Annual report of the Civil Veterinary Department, Bengal, and of the Bengal Veterinary College for the year 1903-1904 - 1903-1904
Year: 1903
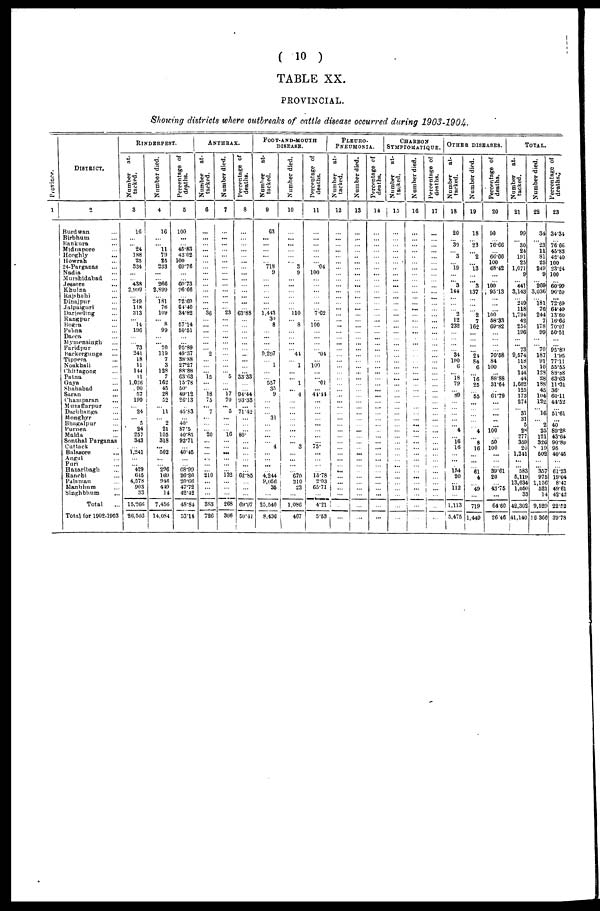
(
10
)
TABLE
XX.
PROVINCIAL.
Showing
districts
where outbreaks
of cattle disease
occurred
during
1903-1904.
Province.
1
DISTRICT.
2
Burdwan ...
Birbhum ...
Bankura ...
Midnapore ...
Hooghly ...
Howrah ...
24-Parganas ...
Nadia ...
Murshidabad ...
Jessore ...
Khulna ...
Rajshahi ...
Dinajpur ...
Jalpaiguri ...
Darjeeling ...
Rangpur ...
Bogra ...
Pabna ...
Dacca ...
Mymensingh ...
Faridpur ...
Backergunge ...
Tippera ...
Noakhali ...
Chittagong ...
Patna ...
Gaya ...
Shahabad ...
Saran ...
Champaran ...
Muzaffarpur ...
Darbhanga ...
Monghyr ...
Bhagalpur ...
Purnea ...
Malda ...
Sonthal Parganas
Cuttack . .
Balasore ...
Angul ...
Puri ...
Hazaribagh ...
Ranchi ...
Palamau ...
Manbhum ...
Singhbhum ...
Total
Total for 1902-1903
RINDERPEST.
Number
at-
tacked.
3
16
...
...
24
188
25
834
...
...
438
2,999
...
249
118
313
...
14
196
...
...
73
241
18
11
144
11
1,026
90
57
199
...
24
...
5
24
257
343
...
1,241
...
...
429
645
4,578
903
33
15,266
26,503
Number died.
4
16
...
...
11
79
25
233
...
...
266
2,899
...
181
76
109
...
8
99
...
...
70
119
7
3
128
7
162
45
28
52
...
11
...
2
21
105
318
...
502
...
...
296
169
946
449
14
7,456
14,084
Percentage of
deaths.
5
100
...
...
45.83
42.02
100
69.76
...
...
60.73
96.66
...
72.69
64.40
34.82
...
57.14
50.51
...
...
95.89
49.37
38.88
27.27
88.88
63.63
15.78
50.
49.12
26.13
...
45.83
...
40-
87.5
40.85
92.71
...
40.45
...
...
68.99
26.20
20.66
47.72
42.42
48.84
53.14
ANTHRAX.
Number
at-
tacked.
6
... |
...
...
...
...
...
...
...
...
...
...
...
...
36
...
...
...
...
...
...
2
...
...
15
...
...
18
75
...
7
...
...
...
20
...
...
...
...
...
...
210
...
...
...
383
726
Number died.
7
...
...
...
...
...
...
...
...
...
...
...
...
...
23
...
...
...
...
...
...
...
...
...
5
...
...
17
70
...
5
...
...
...
16
...
...
...
...
...
...
132
...
...
...
268
366
Percentage of
deaths.
8
...
...
...
...
...
...
...
...
...
...
...
...
...
63.88
...
...
...
...
...
...
...
...
...
33.33
...
...
94.44
93.33
...
71.42
...
...
...
80.
...
...
...
...
...
...
62.85
...
...
...
69.97
50.41
FOOT-AND-MOUTH
DISEASE.
Number
at-
tacked.
9
63
...
...
...
...
...
718
9
...
...
...
...
...
1,443
30
8
...
...
...
...
0,297
...
1
...
557
35
9
...
...
...
31
...
...
...
...
4
...
...
...
...
4,244
9,056
35
...
25,540
8.436
Number died.
10
...
...
...
...
...
3
9
...
...
...
...
...
110
...
8
...
...
...
...
44
...
1
...
...
1
...
4
...
...
...
...
...
...
...
...
3
...
...
...
...
670
210
23
...
1,086
467
Percentage of
deaths.
11
...
...
...
...
...
...
04
100
...
...
...
...
...
7.62
...
100
...
...
...
...
.04
...
100
...
...
.01
...
44.44
...
...
...
...
...
...
...
...
75.
...
...
...
...
15.78
2.03
65.71
...
4.21
5.53
PLEURO-
PNEUMONIA.
Number
at-
tacked.
12
...
...
...
...
...
...
...
...
...
...
...
...
...
...
...
...
...
...
...
...
...
...
...
...
...
...
...
...
...
...
...
...
...
...
...
...
...
...
...
...
...
...
...
...
...
...
...
Number died.
13
...
...
...
...
...
...
...
...
...
...
...
...
...
...
...
...
...
...
...
...
...
...
...
...
...
...
...
...
...
...
...
...
...
...
...
...
...
...
...
...
...
...
...
...
...
...
... ...
Percentage of
deaths.
14
...
...
...
...
...
...
...
...
...
...
...
...
...
...
...
...
...
...
...
...
...
...
...
...
...
...
...
...
...
...
...
...
...
...
...
...
...
...
...
...
...
...
...
...
...
...
CHARBON
SYMPTOMATIQUE.
Number
at-
tacked.
15
...
...
...
...
...
...
..
...
...
...
...
...
...
...
...
...
...
...
...
...
...
...
...
...
...
...
...
...
...
...
...
...
...
...
...
...
...
...
...
...
...
...
...
...
...
...
...
Number died.
16
...
...
...
...
...
...
...
...
...
...
...
...
...
...
...
...
...
...
...
...
...
...
...
...
...
...
...
...
...
...
...
...
...
...
...
...
...
...
...
...
...
...
...
...
...
...
...
...
Percentage of
deaths.
17
...
...
...
...
...
...
...
...
...
...
...
...
...
...
...
...
...
...
...
...
...
...
...
...
...
...
...
...
...
...
...
...
... ...
...
...
...
...
...
...
...
...
...
...
...
OTHER DISEASES.
Number
at-
tacked.
18
20
...
30
...
3
...
19
...
...
3
144
...
...
...
2
12
232
...
...
...
...
34
100
6
...
18
79
...
"89
...
...
...
...
...
4
...
16
16
...
...
...
154
20
...
112
...
1,113
5,475
Number died.
19
18
...
23
...
2
...
13
...
...
3
137
...
...
...
2
7
162
...
...
...
24
84
6
...
16
25
...
55
...
...
...
...
...
4
...
8
16
...
...
...
61
4
...
49
...
719
1,449
Percentage of
deaths.
20
90
...
76.66
...
66.66
100
68.42
...
...
100
95.13
...
...
...
100
58.33
69.82
...
...
...
70.58
84
100
...
88.88
31.64
...
61.79
...
...
...
...
...
100
...
50
100
...
...
...
39.61
20
43.75
...
6460
26 46
TOTAL.
Number
at-
tacked.
21
99
...
30
24
191
25
1,071
9
...
441
3,143
...
249
118
1,794
42
254
196
...
...
73
9,574
118
18
144
44
1,662
125
173
274
...
31
31
5
28
277
359
20
1,241
...
...
583
5,119
13,634
1,05(
33
42,302
41,140
Number died.
22
34
...
23
11
81
25
249
9
...
269
3,036
...
181
76
244
7
178
99
...
...
70
187
91
10
128
28
188
45
104
122
...
16
...
2
25
121
32b
19
502
...
...
357
975
1,156
521
14
9,529
16 366
Percentage of
deaths.;
23
34.34
...
76.66
45.83
42.40
100
23.24
100
...
60.99
96.59
...
72.69
64.40
13.60
16.66
70.07
50.51
...
...
95.89
1.95
77.11
55'55
88.88
63.63
11.31
36.
60.11
44.52
...
51.61
...
40
89.28
43.64
90.80
95
40.45
...
...
61.23
19.04
8.47
49.61
42.42
22.52
39.78